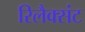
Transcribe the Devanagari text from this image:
रिलैक्संट